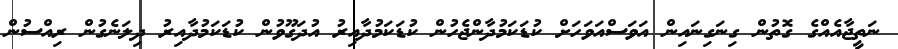
ނަތީޖާއެއްގެ ގޮތުން ގިނަގިނައިން އަވަސްއަވަހަށް ކުޑަކަމުދާންޖެހުން ކުޑަކަމުދާއިރު އުދަގޫވުން ކުޑަކަމުދާއިރު ދިލަނެގުން ރިއްސުން